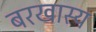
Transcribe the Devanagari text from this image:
बरखास्य